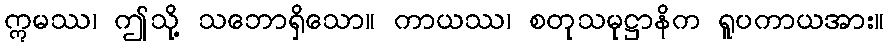
ဣမဿ၊ ဤသို့ သဘောရှိသော။ ကာယဿ၊ စတုသမုဋ္ဌာနိက ရူပကာယအား။